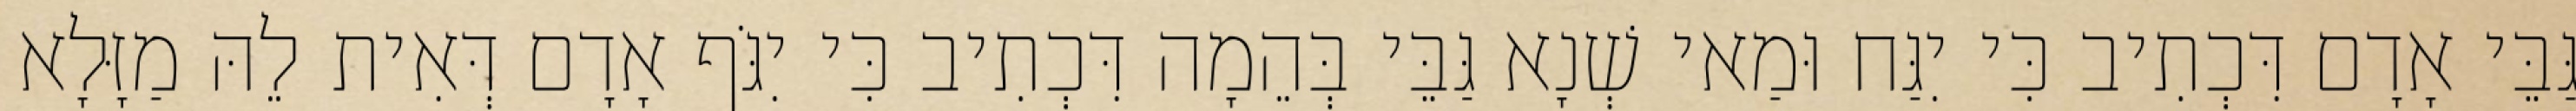
גַּבֵּי אָדָם דִּכְתִיב כִּי יִגַּח וּמַאי שְׁנָא גַּבֵּי בְּהֵמָה דִּכְתִיב כִּי יִגֹּף אָדָם דְּאִית לֵהּ מַזָּלָא